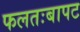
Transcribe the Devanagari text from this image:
फलतःबापट